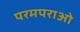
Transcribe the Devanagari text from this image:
परमपराओ